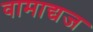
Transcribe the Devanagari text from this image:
वामाद्यज